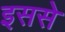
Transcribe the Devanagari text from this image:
इससेे